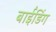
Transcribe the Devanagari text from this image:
बाईंडिंग